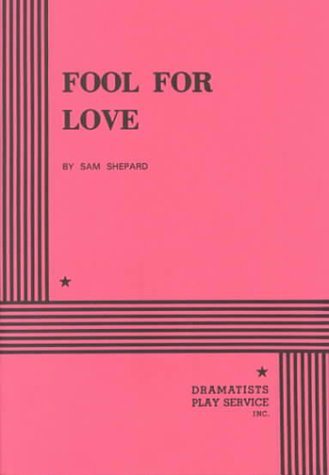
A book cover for Fool for Love - Acting Edition; Sam Shepard; Literature & Fiction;